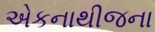
એકનાથીજના